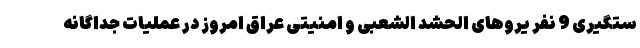
ستگیری 9 نفر یروهای الحشد الشعبی و امنیتی عراق امروز در عملیات جداگانه